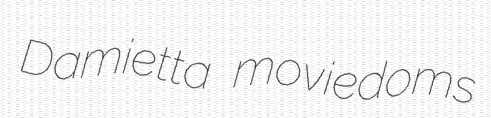
Damietta moviedoms